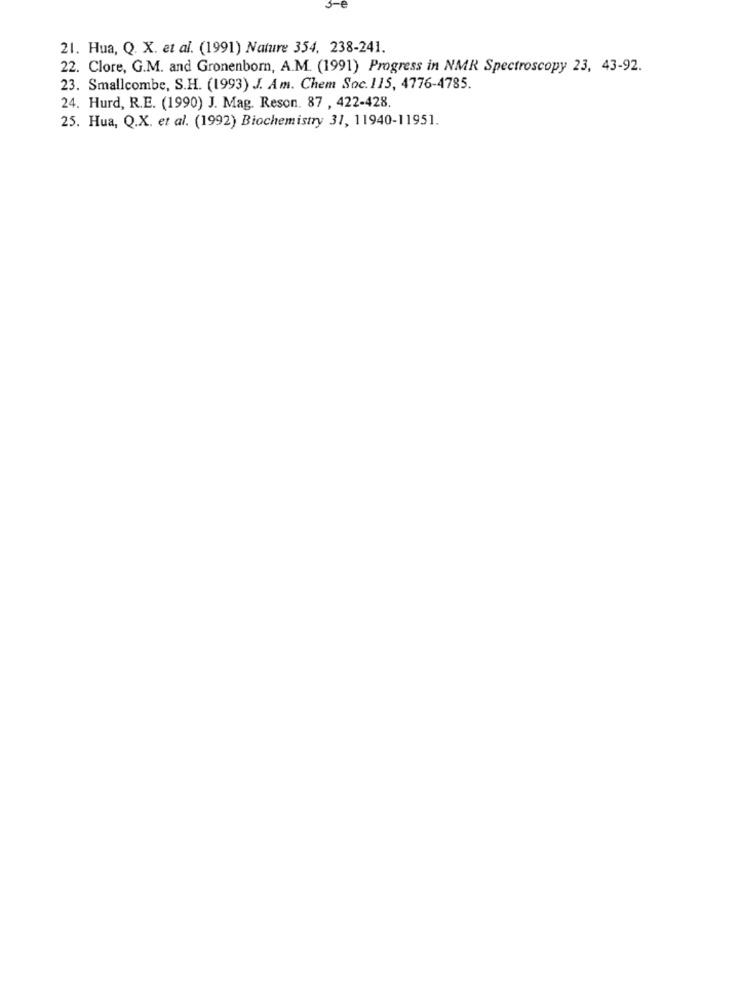
-e
21. Hua, Q. X. et al. (1991) Nature 354, 238-241.
22. Clore, G.M. and Gronenborn, A.M. (1991) Progress in NMR Spectroscopy 23, 43-92.
23. Smallcombe, S.H. (1993) J. Am. Chem Soc.115, 4776-4785.
24. Hurd, R.E. (1990) J. Mag. Reson. 87 , 422-428.
25. Hua, Q.X. et al. (1992) Biochemistry 31, 11940-11951.